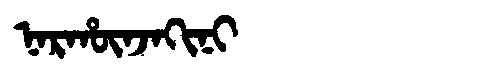
Manchu: ᠨᠠᡵᡥᡡᠨᠵᠠᡴᡳᠨᡳ
Romanization: NARHŪNJAKINI